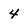
Character: 4